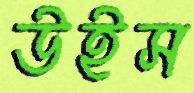
উইস